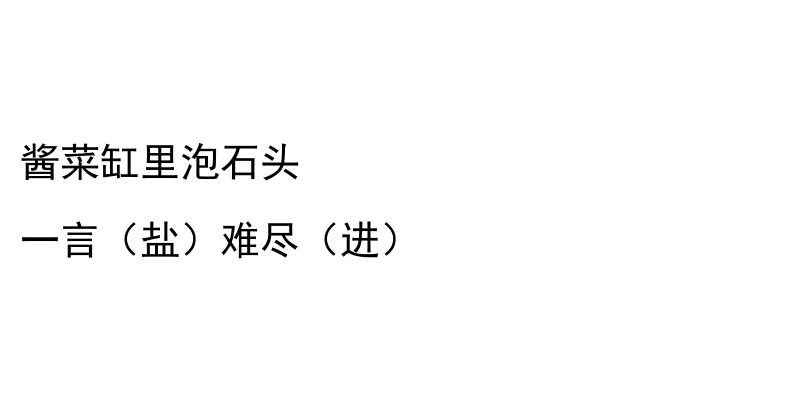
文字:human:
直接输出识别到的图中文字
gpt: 酱菜缸里泡石头 一言（盐）难尽（进）